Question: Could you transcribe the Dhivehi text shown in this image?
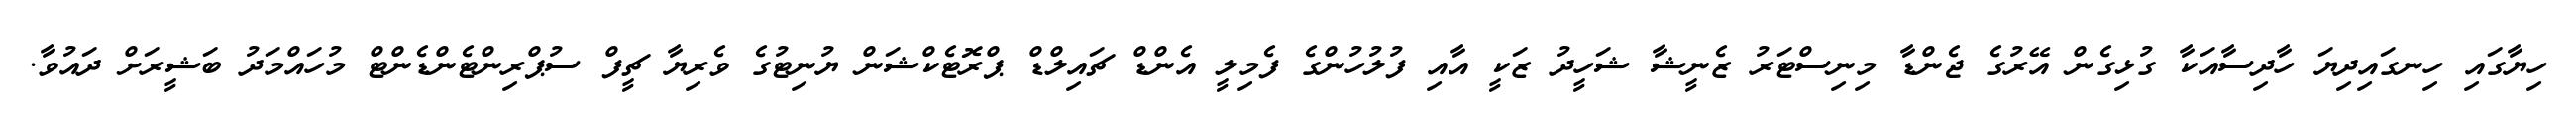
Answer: ހިޔާގައި ހިނގައިދިޔަ ހާދިސާއަކާ ގުޅިގެން އޭރުގެ ޖެންޑާ މިނިސްޓަރު ޒެނީޝާ ޝަހީދު ޒަކީ އާއި ފުލުހުންގެ ފެމިލީ އެންޑް ޗައިލްޑް ޕްރޮޓެކްޝަން ޔުނިޓުގެ ވެރިޔާ ޗީފް ސުޕްރިންޓެންޑެންޓް މުހައްމަދު ބަޝީރަށް ދައުވާ.